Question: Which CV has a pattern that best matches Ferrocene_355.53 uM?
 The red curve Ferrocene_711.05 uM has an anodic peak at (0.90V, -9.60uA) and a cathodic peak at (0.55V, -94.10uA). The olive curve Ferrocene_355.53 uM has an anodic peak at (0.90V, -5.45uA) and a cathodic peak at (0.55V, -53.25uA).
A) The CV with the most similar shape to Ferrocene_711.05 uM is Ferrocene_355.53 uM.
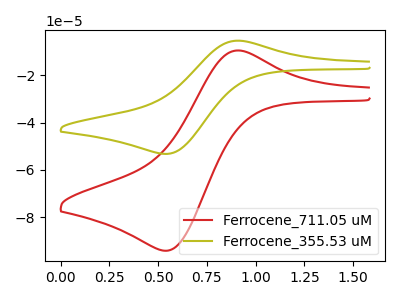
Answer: <think>All the peaks in "Ferrocene_711.05 uM" have a peak in "Ferrocene_355.53 uM" at the same potential.
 </think>
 <answer>A) The CV with the most similar shape to "Ferrocene_711.05 uM" is "Ferrocene_355.53 uM".</answer>
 <eval>A</eval>